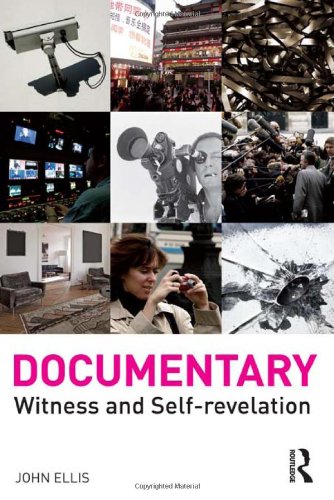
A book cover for Documentary: Witness and Self-Revelation; John Ellis; Humor & Entertainment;